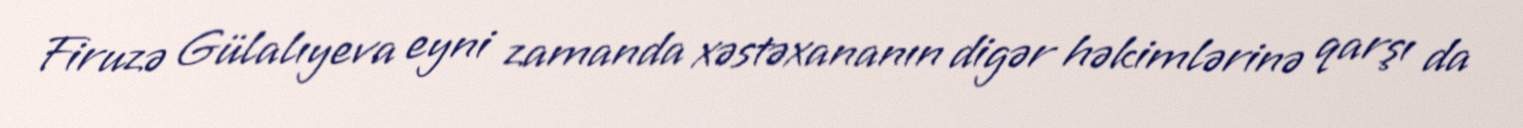
Firuzə Gülalıyeva eyni zamanda xəstəxananın digər həkimlərinə qarşı da